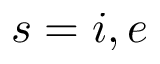
s = i , e